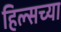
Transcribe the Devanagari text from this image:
हिल्सच्या